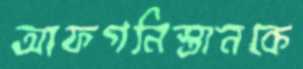
আফগনিস্তানকে